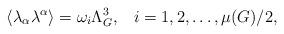
LaTeX: \begin{align*}\langle \lambda_{\alpha}\lambda^{\alpha}\rangle=\omega_i\Lambda_G^3,\; \; \; i=1,2,\ldots ,\mu (G)/2,\end{align*}